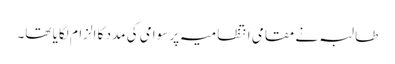
طالبہ نے مقامی انتظامیہ پر سوامی کی مدد کا الزام لگایا تھا۔